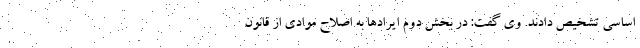
اساسی تشخیص دادند. وی گفت: در بخش دوم ایرادها به اصلاح موادی از قانون